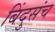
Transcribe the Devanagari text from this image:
बिंदुसंच